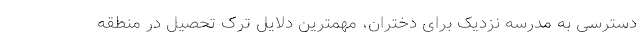
دسترسی به مدرسه نزدیک برای دختران، مهمترین دلایل ترک تحصیل در منطقه